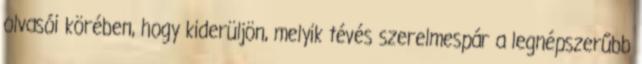
olvasói körében, hogy kiderüljön, melyik tévés szerelmespár a legnépszerűbb